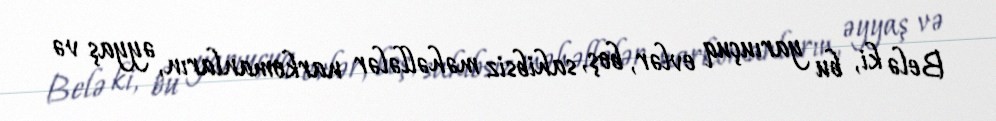
Belə ki, bu yarıuçuq evlər, boş, sahibsiz məhəllələr narkomanların, əyyaş və